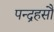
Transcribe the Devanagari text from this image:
पन्द्रहसौ